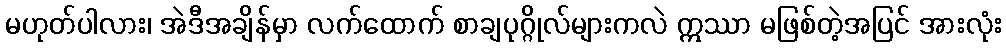
မဟုတ်ပါလား၊ အဲဒီအချိန်မှာ လက်ထောက် စာချပုဂ္ဂိုလ်များကလဲ ဣဿာ မဖြစ်တဲ့အပြင် အားလုံး